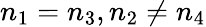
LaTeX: n_{1}=n_{3},n_{2}\neq n_{4}